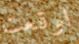
اوقعت